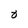
Character: 8